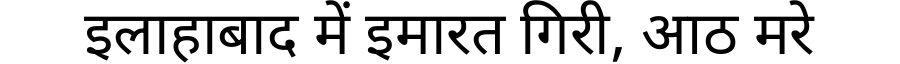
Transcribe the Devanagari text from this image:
इलाहाबाद में इमारत गिरी, आठ मरे